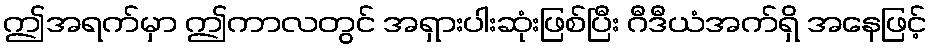
ဤအရက်မှာ ဤကာလတွင် အရှားပါးဆုံးဖြစ်ပြီး ဂီဒီယံအက်ရှိ အနေဖြင့်